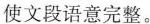
使文段语意完整。